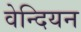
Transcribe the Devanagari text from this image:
वेन्दियन